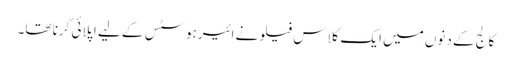
کالج کے دنوں میں ایک کلاس فیلو نے ائیرہوسٹس کے لیے اپلائی کرنا تھا۔